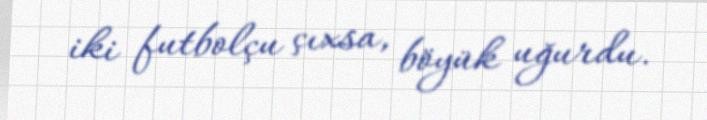
iki futbolçu çıxsa, böyük uğurdu.